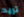
تريد